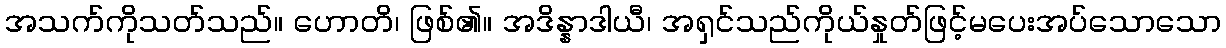
အသက်ကိုသတ်သည်။ ဟောတိ၊ ဖြစ်၏။ အဒိန္နာဒါယီ၊ အရှင်သည်ကိုယ်နှုတ်ဖြင့်မပေးအပ်သောသော